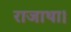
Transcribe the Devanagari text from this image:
राजाथा।